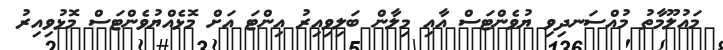
މައުލޫމާތު މުއްސަނދިވި ޔުވެންޓަސް އާއި މިލާން ބަލިވިއިރު އިންޓަ އަށް މޮޅެއްޔުވެންޓަސް މޮޅުވިއިރު